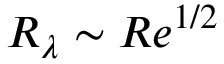
R _ { \lambda } \sim R e ^ { 1 / 2 }